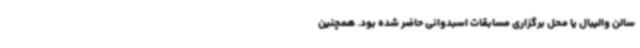
سالن والیبال یا محل برگزاری مسابقات اسبدوانی حاضر شده بود. همچنین